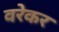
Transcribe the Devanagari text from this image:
वरेकर